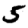
Digit: 5